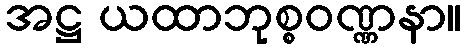
အဋ္ဌ ယထာဘုစ္စဝဏ္ဏနာ။